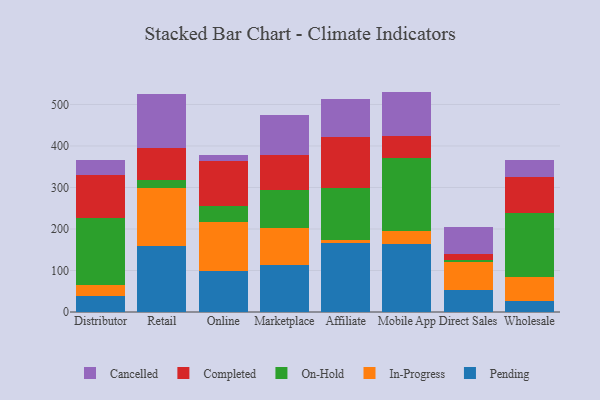
{"axis": {"x": "Channel", "y": "Revenue (USD Million)"}, "legend": ["Cancelled", "Completed", "In-Progress", "On-Hold", "Pending"], "data": [{"x": "Distributor", "y": 38.0, "type": "Pending"}, {"x": "Distributor", "y": 26.4, "type": "In-Progress"}, {"x": "Distributor", "y": 161.5, "type": "On-Hold"}, {"x": "Distributor", "y": 104.5, "type": "Completed"}, {"x": "Distributor", "y": 35.6, "type": "Cancelled"}, {"x": "Retail", "y": 159.4, "type": "Pending"}, {"x": "Retail", "y": 139.1, "type": "In-Progress"}, {"x": "Retail", "y": 18.8, "type": "On-Hold"}, {"x": "Retail", "y": 77.9, "type": "Completed"}, {"x": "Retail", "y": 130.2, "type": "Cancelled"}, {"x": "Online", "y": 98.4, "type": "Pending"}, {"x": "Online", "y": 118.1, "type": "In-Progress"}, {"x": "Online", "y": 39.0, "type": "On-Hold"}, {"x": "Online", "y": 108.0, "type": "Completed"}, {"x": "Online", "y": 15.9, "type": "Cancelled"}, {"x": "Marketplace", "y": 112.1, "type": "Pending"}, {"x": "Marketplace", "y": 89.7, "type": "In-Progress"}, {"x": "Marketplace", "y": 91.8, "type": "On-Hold"}, {"x": "Marketplace", "y": 85.8, "type": "Completed"}, {"x": "Marketplace", "y": 96.4, "type": "Cancelled"}, {"x": "Affiliate", "y": 166.2, "type": "Pending"}, {"x": "Affiliate", "y": 7.5, "type": "In-Progress"}, {"x": "Affiliate", "y": 124.8, "type": "On-Hold"}, {"x": "Affiliate", "y": 122.3, "type": "Completed"}, {"x": "Affiliate", "y": 91.9, "type": "Cancelled"}, {"x": "Mobile App", "y": 163.8, "type": "Pending"}, {"x": "Mobile App", "y": 30.4, "type": "In-Progress"}, {"x": "Mobile App", "y": 175.8, "type": "On-Hold"}, {"x": "Mobile App", "y": 53.3, "type": "Completed"}, {"x": "Mobile App", "y": 107.7, "type": "Cancelled"}, {"x": "Direct Sales", "y": 52.6, "type": "Pending"}, {"x": "Direct Sales", "y": 67.8, "type": "In-Progress"}, {"x": "Direct Sales", "y": 5.4, "type": "On-Hold"}, {"x": "Direct Sales", "y": 13.1, "type": "Completed"}, {"x": "Direct Sales", "y": 66.1, "type": "Cancelled"}, {"x": "Wholesale", "y": 26.2, "type": "Pending"}, {"x": "Wholesale", "y": 57.5, "type": "In-Progress"}, {"x": "Wholesale", "y": 155.2, "type": "On-Hold"}, {"x": "Wholesale", "y": 87.0, "type": "Completed"}, {"x": "Wholesale", "y": 41.0, "type": "Cancelled"}]}